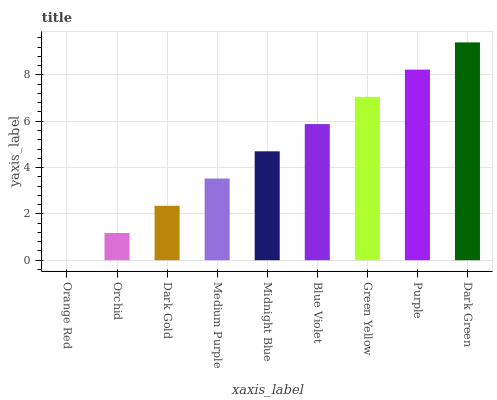
| xaxis_label | bars |
 | --- | --- |
 | Orange Red | 0 |
 | Orchid | 1.18 |
 | Dark Gold | 2.35 |
 | Medium Purple | 3.53 |
 | Midnight Blue | 4.7 |
 | Blue Violet | 5.88 |
 | Green Yellow | 7.05 |
 | Purple | 8.23 |
 | Dark Green | 9.4 |